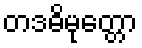
တဒဓိမုတ္တော